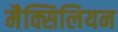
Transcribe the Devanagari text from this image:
मैक्सिलियन